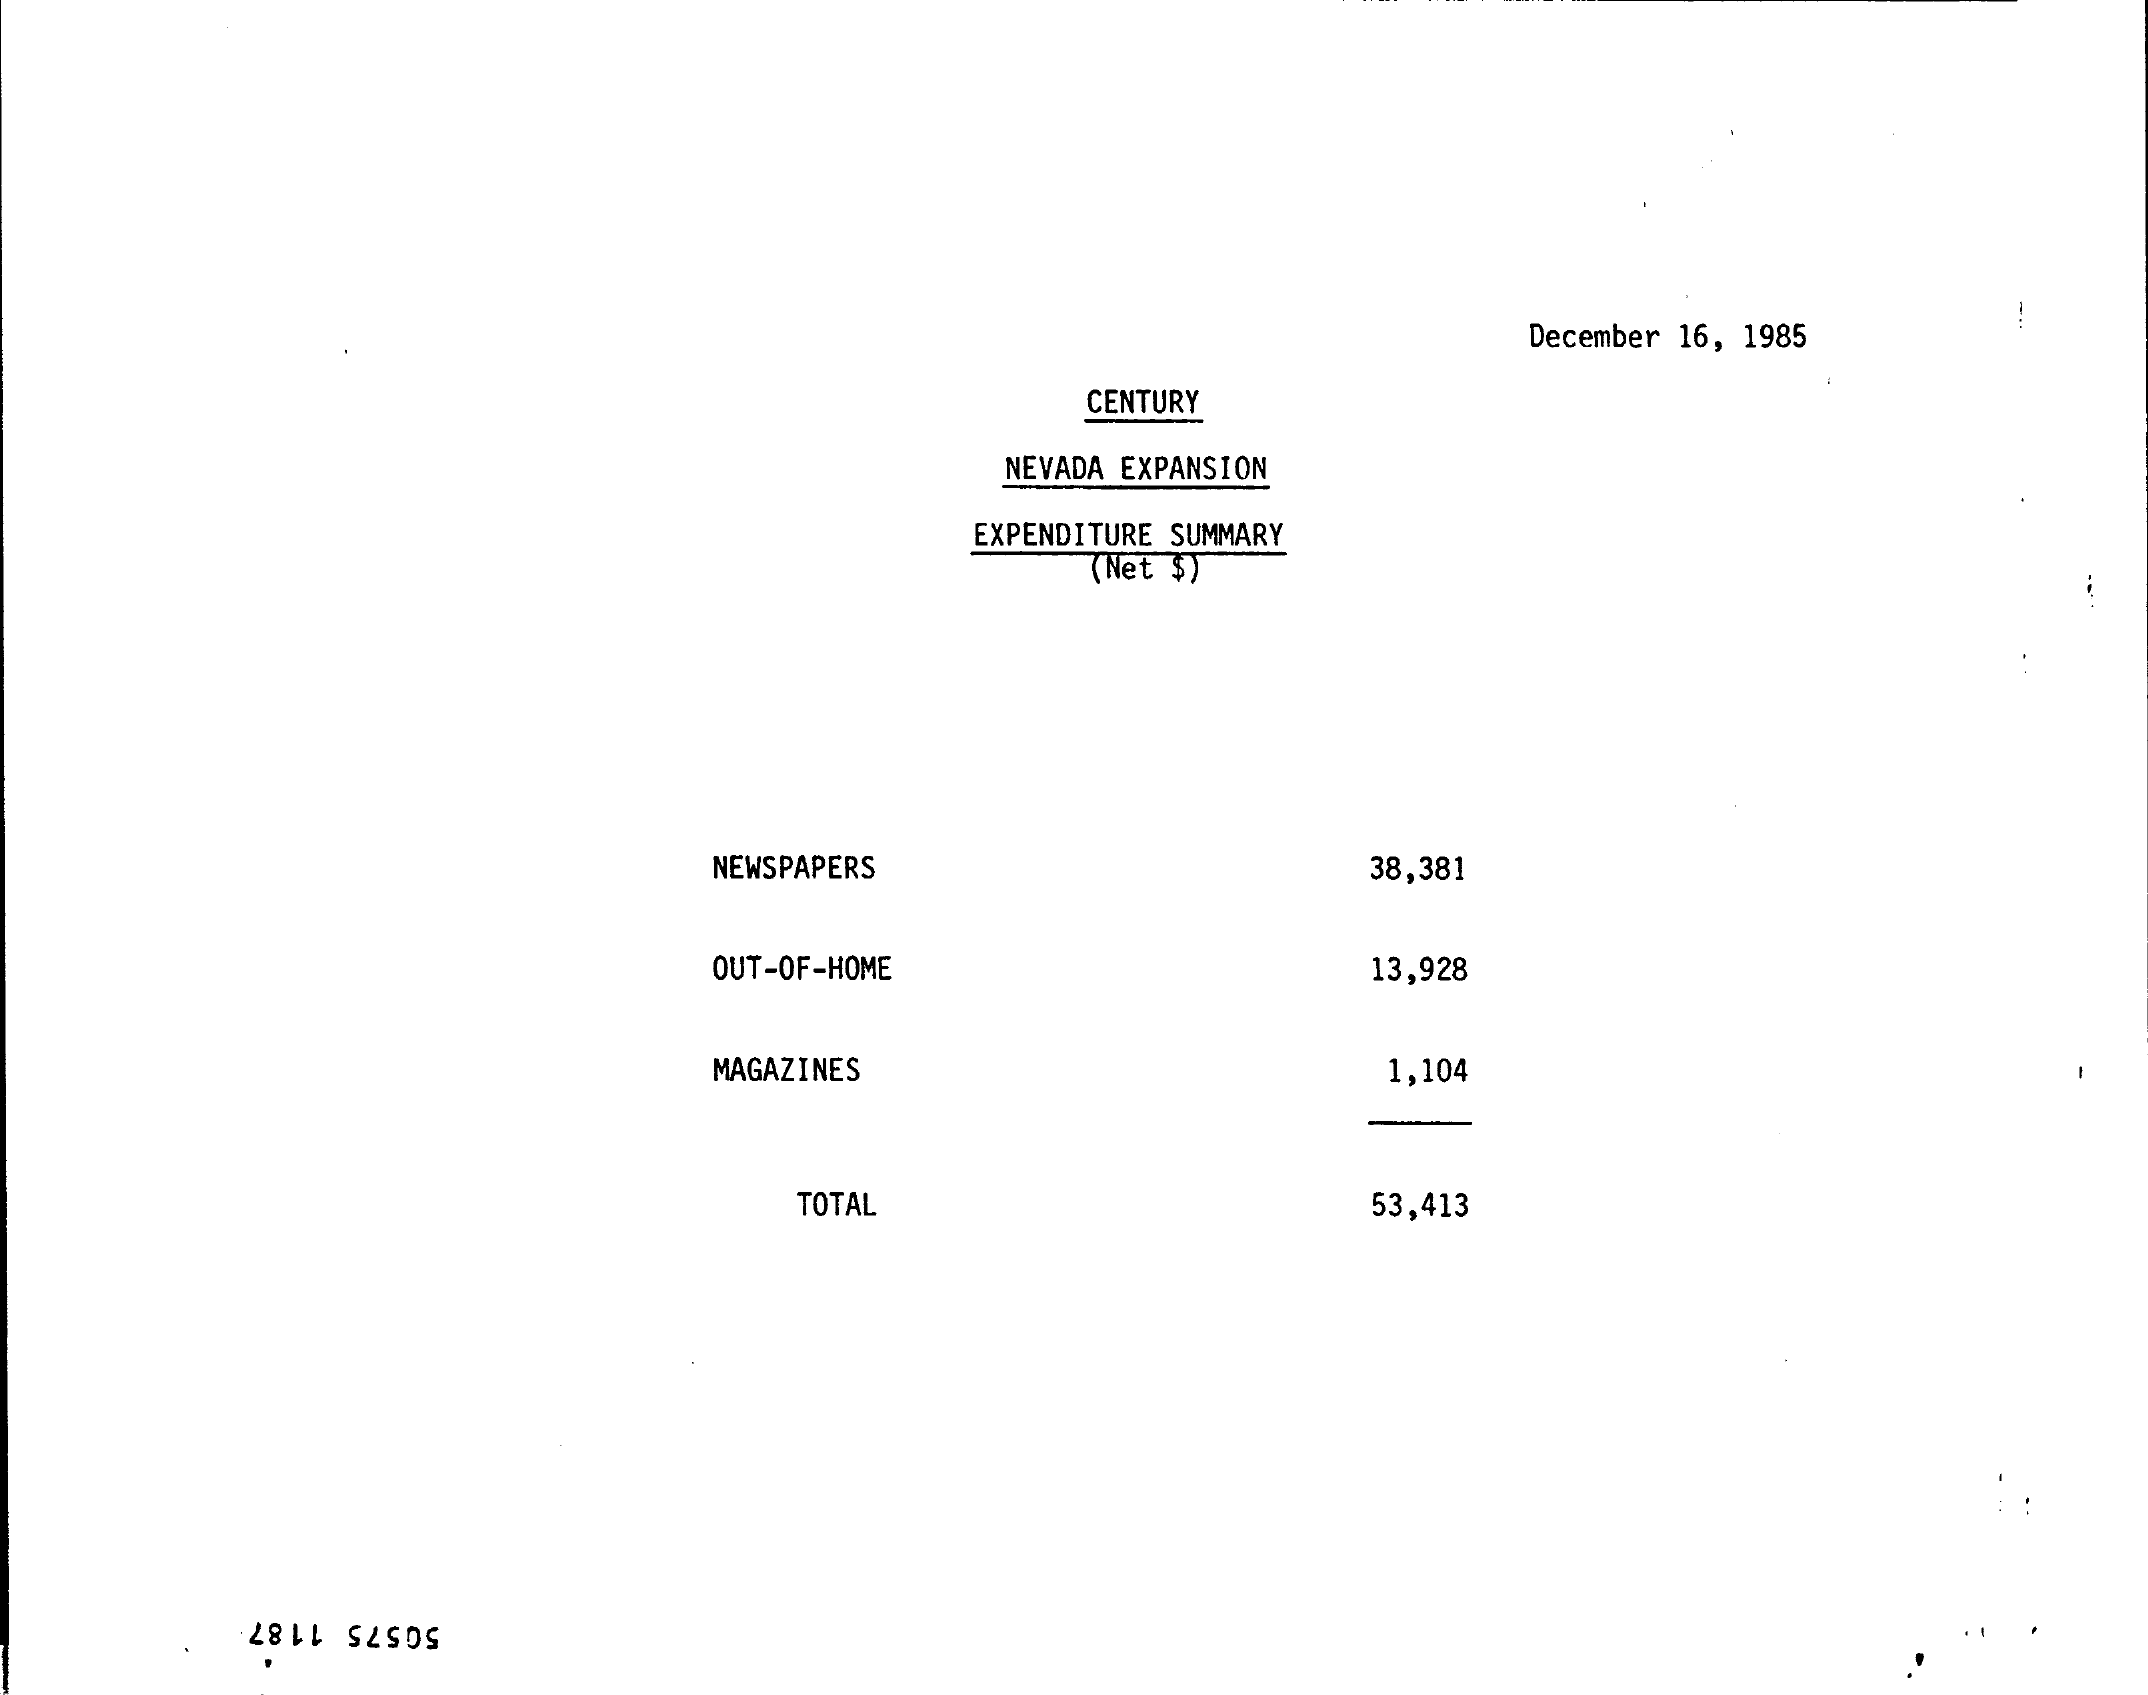
December 16, 1985
     CENTURY
     NEVADA EXPANSION
     EXPENDITURE SUMMARY
     (Net $)
     NEWSPAPERS    38,381
     OUT-OF-HOME    13,928
     MAGAZINES    1,104
     TOTAL    53,413
     50575 1187